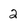
Character: 2